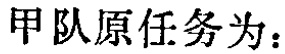
甲队原任务为：